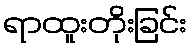
ရာထူးတိုးခြင်း